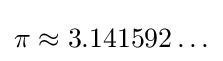
\pi \approx 3.141592\ldots